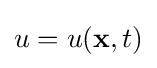
u=u(\mathbf {x} ,t)